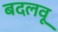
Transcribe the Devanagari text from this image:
बदलवू